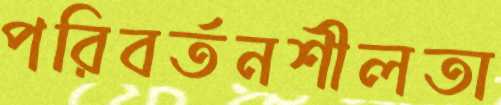
পরিবর্তনশীলতা